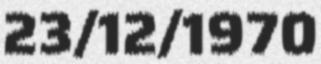
23/12/1970